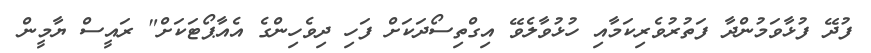
ފުދޭ ފުޅާވަމުންދާ ފަތުރުވެރިކަމާއި ހުޅުވާލެވޭ އިގްތިސޯދަކަށް ފަހި ދިވެހިންގެ އެއާޕޯޓަކަށް" ރައީސް ޔާމީން